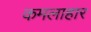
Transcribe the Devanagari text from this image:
कमलाहार